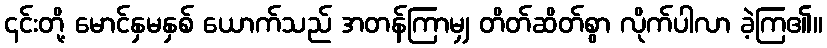
၎င်းတို့ မောင်နှမနှစ် ယောက်သည် အတန်ကြာမျှ တိတ်ဆိတ်စွာ လိုက်ပါလာ ခဲ့ကြ၏။